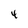
Character: 4